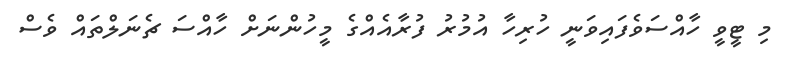
މި ޓީވީ ހާއްސަވެފައިވަނީ ހުރިހާ އުމުރު ފުރާއެއްގެ މީހުންނަށް ހާއްސަ ޗެނަލްތައް ވެސް